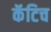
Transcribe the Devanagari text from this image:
कॅटिच